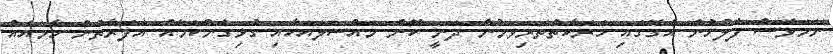
ނަމަވެސް ފުލުހުން އެގޭގައި ހަރަކާތްތެރިވަމުން ދަނީ ކޮން މައްސަލައަކާއި ގުޅިގެންކަމެއް އެފަރާތުން ހާމައެއް